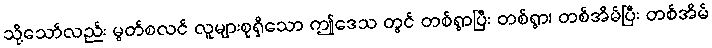
သို့သော်လည်း မွတ်စလင် လူများစုရှိသော ဤဒေသ တွင် တစ်ရွာပြီး တစ်ရွာ၊ တစ်အိမ်ပြီး တစ်အိမ်